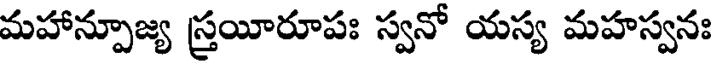
మహాన్పూజ్య స్త్రయీరూపః స్వనో యస్య మహస్వనః